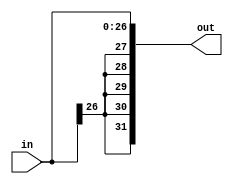
module sign_extension_27bit(out, in);
	input[26:0] in;
	output[31:0] out;
	
	genvar i;
	generate
		for(i=27; i<32; i = i+1) begin : extend
			and ai(out[i], in[26], in[26]);
		end
	endgenerate 
	
	genvar j;
	generate
		for( j =0; j <27; j= j+1) begin : initalize
			and(out[j], in[j], in[j]);
		end
	endgenerate
	
endmodule